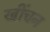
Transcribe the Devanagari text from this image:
खींचन